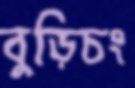
বুড়িচং